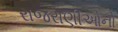
રાજરાણીઓનો